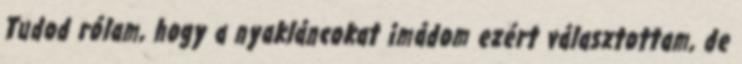
Tudod rólam, hogy a nyakláncokat imádom ezért választottam, de